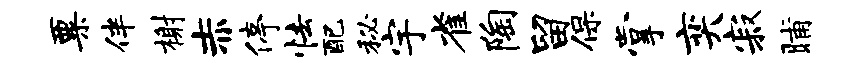
粟伴榭赤停怯配秘宇雀陶留保掌奕寂晡